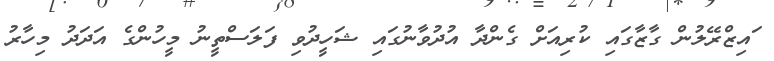
ަައިޒްރޭލުން ގާޒާގައި ކުރިއަށް ގެންދާ އުދުވާނުގައި ޝަހީދުވި ފަލަސްތީނު މީހުންގެ އަދަދު މިހާރު